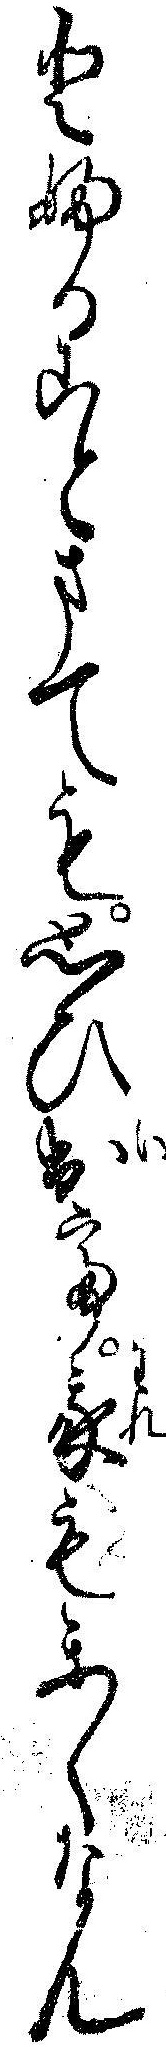
とふることまても思ひ出て我もかくなん